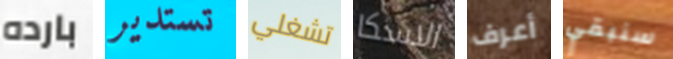
بارده تستدير تشغلي الاسكا أعرف سنبقي